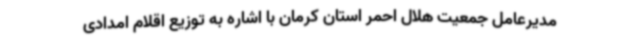
مدیرعامل جمعیت هلال احمر استان کرمان با اشاره به توزیع اقلام امدادی